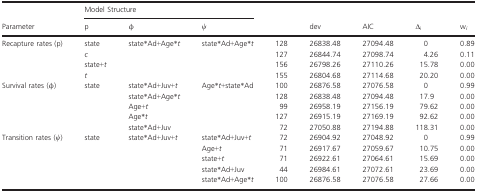
|  | <COLSPAN=3> Model Structure |  |  |  |  |  |
 | Parameter | p | φ | ψ |  | dev | AIC | Δi | wi |
 | --- | --- | --- | --- | --- | --- | --- | --- | --- |
 | <ROWSPAN=4> Recapture rates (p) | state | <ROWSPAN=4> state*Ad+Age*t | <ROWSPAN=4> state*Ad+Age*t | 128 | 26838.48 | 27094.48 | 0 | 0.89 |
 | c | 127 | 26844.74 | 27098.74 | 4.26 | 0.11 |
 | state+t | 156 | 26798.26 | 27110.26 | 15.78 | 0.00 |
 | t | 155 | 26804.68 | 27114.68 | 20.20 | 0.00 |
 | <ROWSPAN=5> Survival rates (φ) | <ROWSPAN=5> state | state*Ad+Juv+t | <ROWSPAN=5> Age*t+state*Ad | 100 | 26876.58 | 27076.58 | 0 | 0.99 |
 | state*Ad+Age*t | 128 | 26838.48 | 27094.48 | 17.9 | 0.00 |
 | Age+t | 99 | 26958.19 | 27156.19 | 79.62 | 0.00 |
 | Age*t | 127 | 26915.19 | 27169.19 | 92.62 | 0.00 |
 | state*Ad+Juv | 72 | 27050.88 | 27194.88 | 118.31 | 0.00 |
 | <ROWSPAN=5> Transition rates (ψ) | <ROWSPAN=5> state | <ROWSPAN=5> state*Ad+Juv+t | state*Ad+Juv+t | 72 | 26904.92 | 27048.92 | 0 | 0.99 |
 | Age+t | 71 | 26917.67 | 27059.67 | 10.75 | 0.00 |
 | state+t | 71 | 26922.61 | 27064.61 | 15.69 | 0.00 |
 | state*Ad+Juv | 44 | 26984.61 | 27072.61 | 23.69 | 0.00 |
 | state*Ad+Age*t | 100 | 26876.58 | 27076.58 | 27.66 | 0.00 |